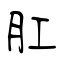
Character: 肛